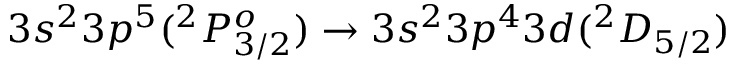
3 s ^ { 2 } 3 p ^ { 5 } ( ^ { 2 } P _ { 3 / 2 } ^ { o } ) \rightarrow 3 s ^ { 2 } 3 p ^ { 4 } 3 d ( ^ { 2 } D _ { 5 / 2 } )